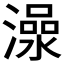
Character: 𱩍